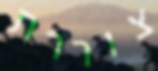
צוררת